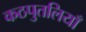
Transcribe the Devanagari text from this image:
कठपुतलियाँ